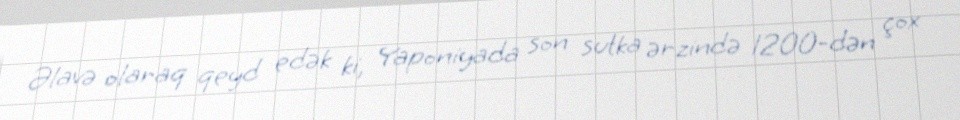
Əlavə olaraq qeyd edək ki, Yaponiyada son sutka ərzində 1200-dən çox